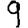
Digit: 9